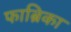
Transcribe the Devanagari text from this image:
फाब्रिका